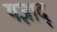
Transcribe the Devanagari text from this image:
यज्ञाद्‌